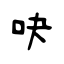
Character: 吷